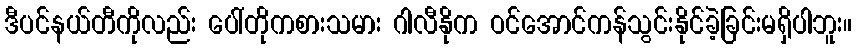
ဒီပင်နယ်တီကိုလည်း ပေါ်တိုကစားသမား ဂါလီနိုက ဝင်အောင်ကန်သွင်းနိုင်ခဲ့ခြင်းမရှိပါဘူး။